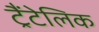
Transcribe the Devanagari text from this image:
ट्रैंटेलिक